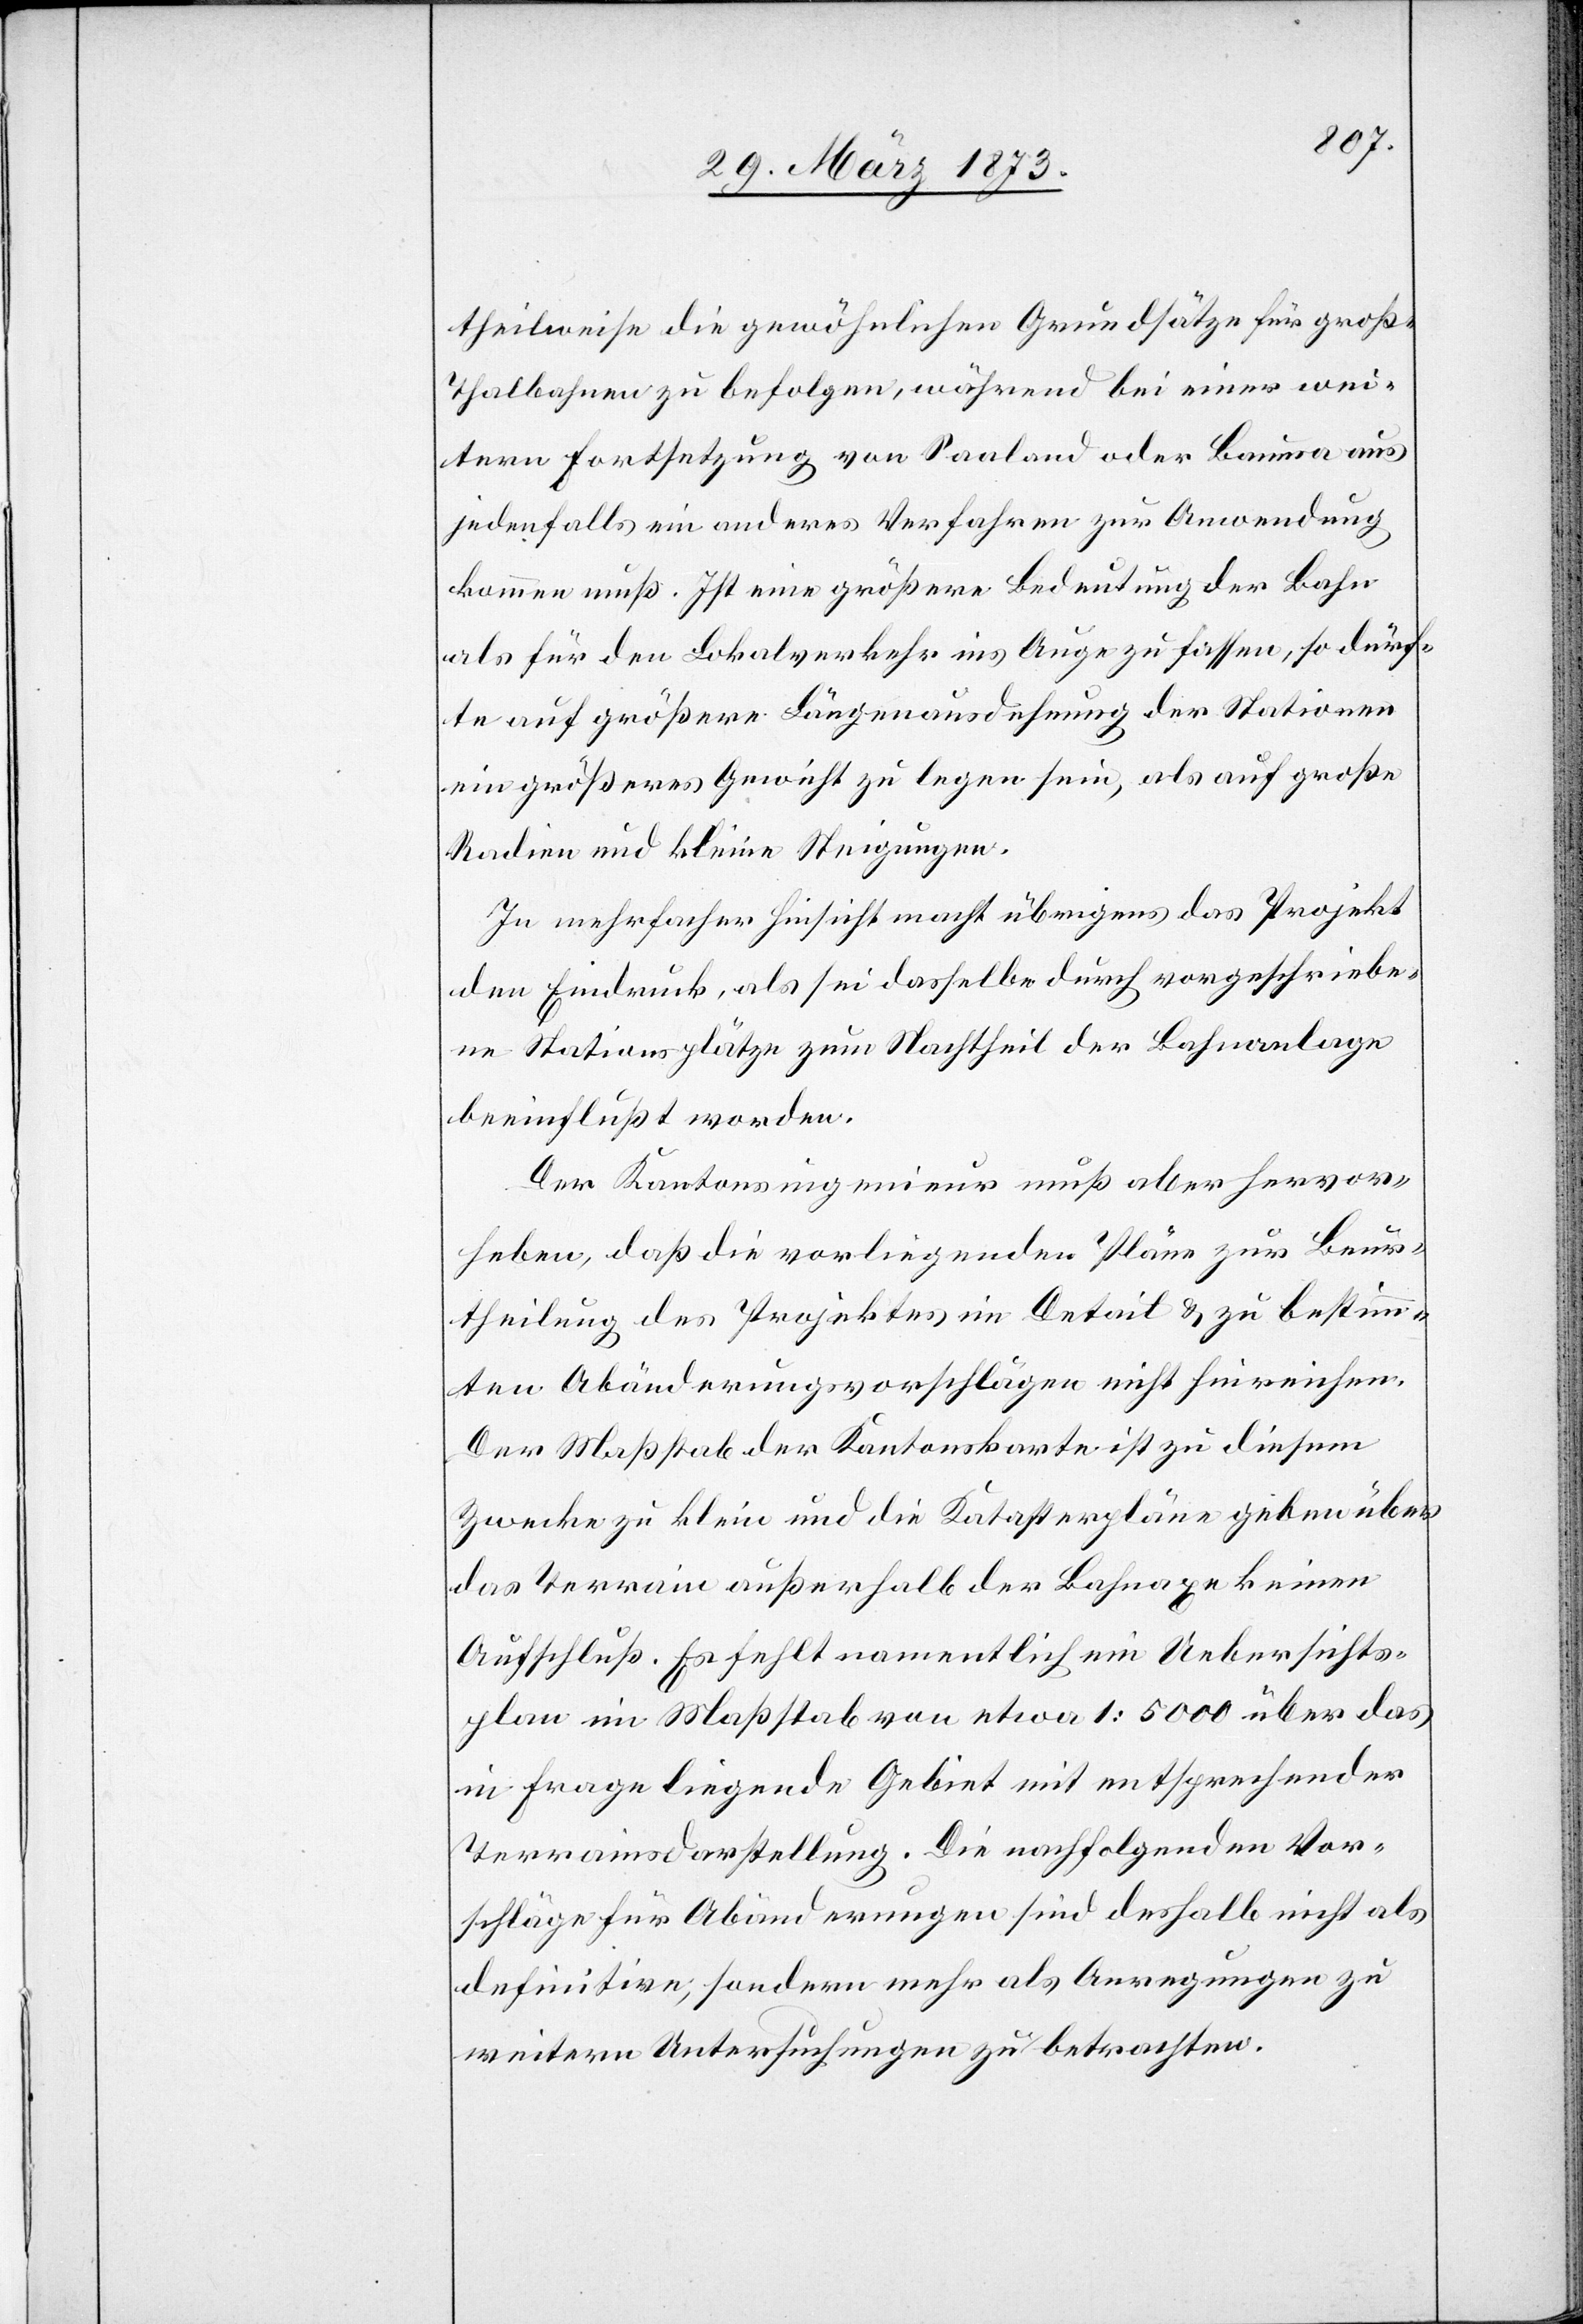
theilweise die gewöhnlichen Grundsätze für große
Thalbahnen zu befolgen, währen bei einer wei¬
tern Fortsetzung von Saaland oder Bauma aus
jedenfalls ein anderes Verfahren zur Anwendung
kommen muß. Ist eine größere Bedeutung der Bahn
als für den Lokalverkehr ins Auge zu fassen, so dürf¬
te auf größere Längenausdehung der Stationen
ein größeres Gewicht zu legen sein, als auf große
Radien und kleine Steigungen.
In mehrfacher Hinsicht macht übrigens das Projekt
den Eindruck, als sei dasselbe durch vorgeschriebe¬
ne Stationsplätze zum Nachtheil der Bahnanlage
beeinflußt worden.
Der Kantonsingenieur muß aber hervor¬
heben, daß die vorliegenden Pläne zur Beur¬
theilung des Projektes im Detail u. zu bestimm¬
ten Abänderungsvorschlägen nicht hinreichen.
Der Maßstab der Kantonskarte ist zu diesem
Zwecke zu klein und die Katasterpläne geben über
das Terrain außerhalb der Bahnaxe keinen
Aufschluß. Es fehlt namentlich ein Uebersichts¬
plan im Maßstab von etwa 1:5000 über das
in Frage liegende Gebiet mit entsprechender
Terrainsdarstellung. Die nachfolgenden Vor¬
schläge für Abänderungen sind deshalb nicht als
definitive, sondern mehr als Anregungen zu
weitern Untersuchungen zu betrachten.